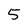
Character: 5